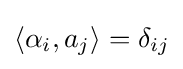
\langle \alpha _{i},a_{j}\rangle =\delta _{ij}